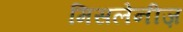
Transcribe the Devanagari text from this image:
मिसलेनीज़